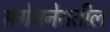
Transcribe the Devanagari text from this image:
संगेमनेरातील